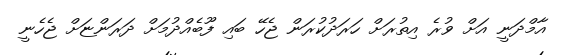
އާމްދަނީ އަށް ވުރެ އިތުރަށް ހަރަދުކުރަން ޖެހޭ ބައި ފޫބެއްދުމަށް ދަރަންޏަށް ޖެހެނީ